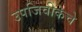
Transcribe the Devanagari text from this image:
उपजिवीकेचे